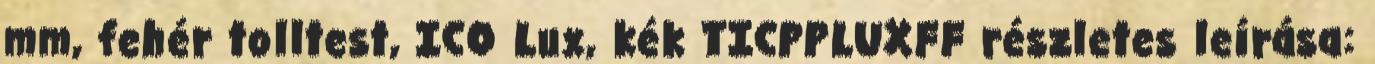
mm, fehér tolltest, ICO Lux, kék TICPPLUXFF részletes leírása: